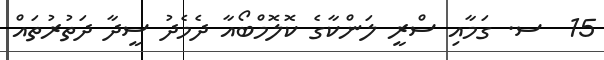
15  ސ. ގަމާއި ސްރީ ލަންކާގެ ކޮލޮމްބޯއާ ދެމެދު ސީދާ ދަތުރުތައް